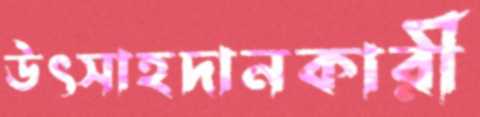
উৎসাহদানকারী